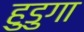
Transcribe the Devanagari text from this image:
हुडुगा